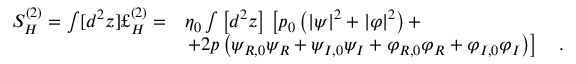
\begin{array} { l l } { { S _ { H } ^ { ( 2 ) } = \int [ d ^ { 2 } z ] { \pounds } _ { H } ^ { ( 2 ) } = } } & { { \eta _ { 0 } \int \left[ d ^ { 2 } z \right] \, \left[ p _ { 0 } \left( \left| \psi \right| ^ { 2 } + \left| \varphi \right| ^ { 2 } \right) + \right. \nonumber } } \\ { { } } & { { \left. + 2 p \left( \psi _ { R , 0 } \psi _ { R } + \psi _ { I , 0 } \psi _ { I } + \varphi _ { R , 0 } \varphi _ { R } + \varphi _ { I , 0 } \varphi _ { I } \right) \right] \quad . } } \end{array}